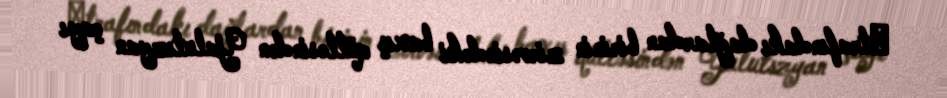
Әtrafındakı dağlardan birinin zirvəsindəki baxış qülləsindən Yalutszyan çayı